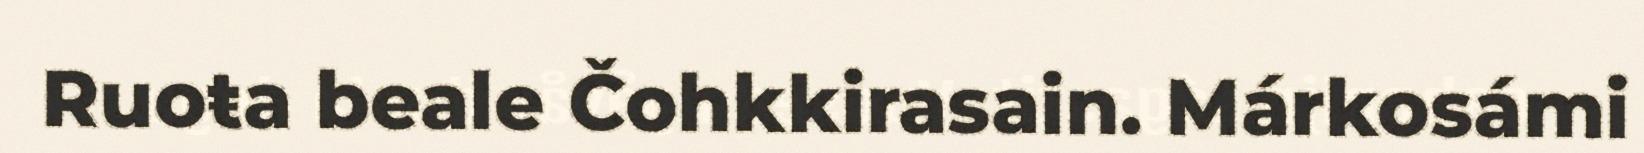
Ruoŧa beale Čohkkirasain. Márkosámi